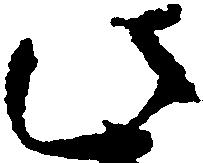
此